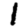
Digit: 1